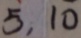
5 , 1 0